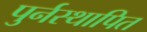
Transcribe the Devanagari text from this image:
पुर्नस्‍थापित